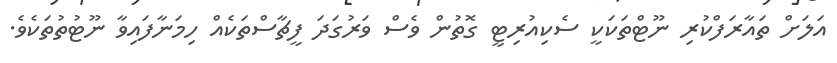
އަލަށް ތައާރަފްކުރި ނޫޓްތަކަކީ ސެކިއުރިޓީ ގޮތުން ވެސް ވަރުގަދަ ފީޗާސްތަކެއް ހިމަނާފައިވާ ނޫޓުތުތަކެވެ.